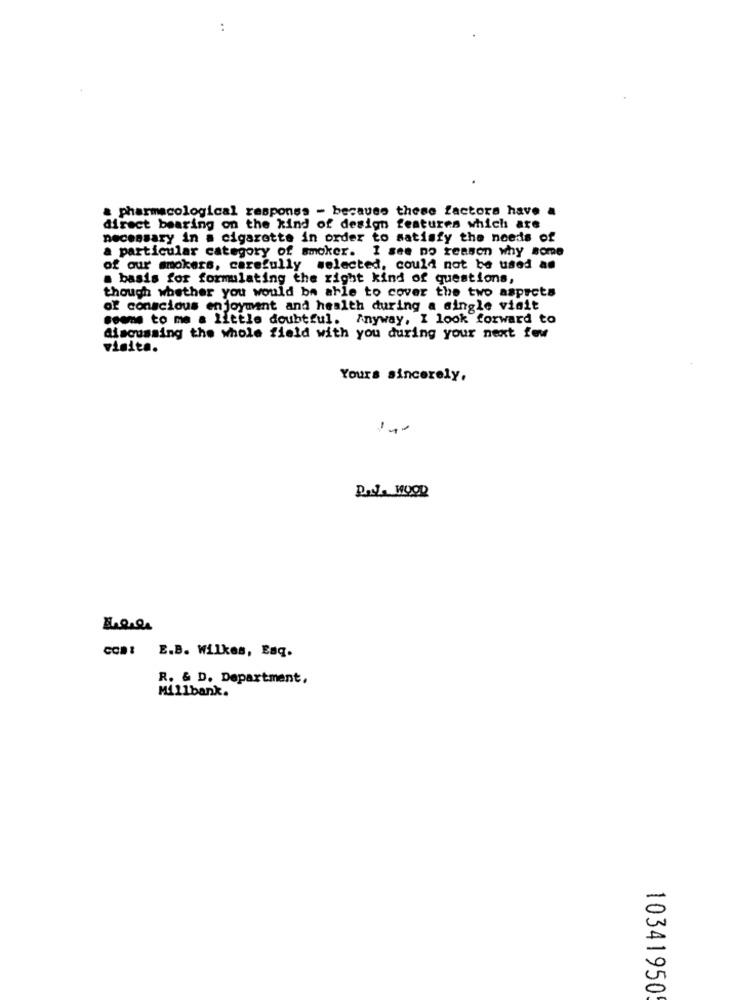
:
a pharmacological responss - because these factors have a
direct bearing on the kind of design features which are
necessary in a cigarette in order to satisfy the needs of
a particular category of smoker. I see no reason why some
of our smokers, carefully selected, could not be used as
. basis for formulating the right kind of questions,
though whether you would be able to cover the two asprets
of conscious enjoyment and health during a single visit
comme to me a little doubtful. Anyway, I look forward to
discussing the whole field with you during your next few
visita.
Yours sincerely,
-
com: E.B. Wilkes, Enq.
R. & D. Department,
Millbank.
10341950